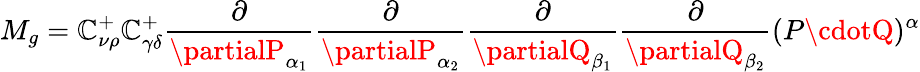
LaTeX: M_{g}=\mathbb{C}_{\nu\rho}^{+}\mathbb{C}_{\gamma\delta}^{+}\frac{{\partial}}{{\partialP_{\alpha_{1}}}}\frac{{\partial}}{{\partialP_{\alpha_{2}}}}\frac{{\partial}}{{\partialQ_{\beta_{1}}}}\frac{{\partial}}{{\partialQ_{\beta_{2}}}}(P\cdotQ)^{\alpha}